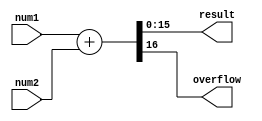
/* ----------------------------------------------------- *
 * Title       : FixFlo Adder Multiplier Modules         *
 * Project     : Fixed Floating Point Adder Multiplier   *
 * ----------------------------------------------------- *
 * Last Edit   : 20/05/2021                              *
 * Licence     : CERN-OHL-W                              *
 * ----------------------------------------------------- *
 * Description : Modules for addition and multiplication *
 *               of 16 bit unsigned fixed point and      *
 *               signed floating point formated numbers  *
 * ----------------------------------------------------- */

/*
 * Fixed Point Format:
 *   Most significant 8 bits represent integer part and Least significant 8 bits
 *   represent fraction part
 *   i.e. IIIIIIIIFFFFFFFF = IIIIIIII.FFFFFFFF
 * ----------------------------------------------------------------------------
 * Floating Point Format:
 *   binary16 (IEEE 754-2008) is used. MSB used as sign bit. 10 least significant
 *   bits are used as fraction and remaining bits are used as exponent.
 *   i.e. SEEEEEFFFFFFFFFF = (-1)^S * 1.FFFFFFFFFF * 2^(EEEEE - 15)
 */

`timescale 1ns / 1ps

//fixed adder adds unsigned fixed numbers.
module fixed_adder(num1, num2, result, overflow);
  input [15:0] num1, num2;
  output [15:0] result;
  output overflow;

  //single assign statement handles fixed additon
  assign {overflow, result} = (num1 + num2);
endmodule

//fixed multi multiplies unsigned fixed numbers.
module fixed_multi(num1, num2, result, overflow, precisionLost, result_full);
  input [15:0] num1, num2; //num1 is multiplicand and num2 is multiplier
  output [15:0] result;
  output overflow, precisionLost;
  reg [31:0] mid [15:0]; //shifted values
  reg [31:0] midB[3:0]; //addition of shifted values
  output [31:0] result_full; //32-bit results
  wire [31:0] num1_ext;

  assign num1_ext = {8'd0, num1, 8'd0};
  assign precisionLost = |result_full[7:0];
  assign result = result_full[23:8]; //get rid of extra bits
  assign overflow = |result_full[31:24]; // most significant 8-bit is overflow
  assign result_full = midB[0] + midB[1] + midB[2] + midB[3];
  always@* //midB wires are added for readability
    begin
      midB[0] = mid[0] + mid[4] + mid[8] + mid[15];
      midB[1] = mid[1] + mid[5] + mid[9] + mid[14];
      midB[2] = mid[2] + mid[6] + mid[10] + mid[13];
      midB[3] = mid[3] + mid[7] + mid[11] + mid[12];
    end
  always@* //shift and enable control
    begin
      mid[0]  = (num1_ext >> 8) & {32{num2[0]}};
      mid[1]  = (num1_ext >> 7) & {32{num2[1]}};
      mid[2]  = (num1_ext >> 6) & {32{num2[2]}};
      mid[3]  = (num1_ext >> 5) & {32{num2[3]}};
      mid[4]  = (num1_ext >> 4) & {32{num2[4]}};
      mid[5]  = (num1_ext >> 3) & {32{num2[5]}};
      mid[6]  = (num1_ext >> 2) & {32{num2[6]}};
      mid[7]  = (num1_ext >> 1) & {32{num2[7]}};
      mid[8]  =  num1_ext       & {32{num2[8]}};
      mid[9]  = (num1_ext << 1) & {32{num2[9]}};
      mid[10] = (num1_ext << 2) & {32{num2[10]}};
      mid[11] = (num1_ext << 3) & {32{num2[11]}};
      mid[12] = (num1_ext << 4) & {32{num2[12]}};
      mid[13] = (num1_ext << 5) & {32{num2[13]}};
      mid[14] = (num1_ext << 6) & {32{num2[14]}};
      mid[15] = (num1_ext << 7) & {32{num2[15]}};
    end

endmodule

//float multi multiplier floating point numbers.
module float_multi(num1, num2, result, overflow, zero, NaN, precisionLost);
  //Operands
  input [15:0] num1, num2;
  output [15:0] result;
  //Flags
  output overflow;//overflow flag
  output zero; //zero flag
  output NaN; //Not a Number flag
  output precisionLost;
  //Decode numbers
  wire sign1, sign2, signR; //hold signs
  wire [4:0] ex1, ex2, exR; //hold exponents
  wire [4:0] ex1_pre, ex2_pre, exR_calc; //hold exponents
  reg [4:0] exSubCor;
  wire [4:0] exSum_fault;
  wire ex_cannot_correct;
  wire [9:0] fra1, fra2, fraR; //hold fractions
  reg [9:0] fraSub, fraSub_corrected;
  wire [20:0] float1;
  wire [10:0] float2;
  wire exSum_sign;
  wire [6:0] exSum;
  wire [5:0] exSum_prebais, exSum_abs; //exponent sum
  wire [11:0] float_res, float_res_preround; //result
  wire [9:0] float_res_fra;
  wire [9:0] dump_res; //Lost precision
  reg [21:0] res_full;
  wire [21:0] res_full_preshift;
  reg [20:0] mid[10:0];
  wire inf_num; //at least on of the operands is inf.
  wire subNormal;
  wire zero_num_in, zero_calculated;

  //Partial flags
  assign zero_num_in = ~(|num1[14:0] & |num2[14:0]);
  assign zero_calculated = (subNormal & (fraSub == 10'd0)) | (exSum_sign & (~|res_full[20:11]));
  assign ex_cannot_correct = {1'b0,exSubCor} > exSum_abs; //?: or >=

  //Flags
  assign zero = zero_num_in | zero_calculated;
  assign NaN = (&num1[14:10] & |num1[9:0]) | (&num2[14:10] & |num2[9:0]);
  assign inf_num = (&num1[14:10] & ~|num1[9:0]) | (&num2[14:10] & ~|num2[9:0]); //check for infinate number
  assign overflow = inf_num | (~exSum[6] & exSum[5]);
  assign subNormal = ~|float_res[11:10];
  assign precisionLost = |dump_res | (exSum_prebais < 6'd15);
  
  //decode-encode numbers
  assign {sign1, ex1_pre, fra1} = num1;
  assign {sign2, ex2_pre, fra2} = num2;
  assign ex1 = ex1_pre + {4'd0, ~|ex1_pre};
  assign ex2 = ex2_pre + {4'd0, ~|ex2_pre};
  assign result = {signR, exR, fraR};
  
  //exponentials are added
  assign exSum = exSum_prebais - 7'd15;
  assign exSum_prebais = {1'b0,ex1} + {1'b0,ex2};
  assign exSum_abs = (exSum_sign) ? (~exSum[5:0] + 6'd1) : exSum[5:0];
  assign exSum_sign = exSum[6];

  //Get floating numbers
  assign float1 = {|ex1_pre, fra1, 10'd0};
  assign float2 = {|ex2_pre, fra2};

  //Calculate result
  assign signR = (sign1 ^ sign2);
  assign exR_calc = exSum[4:0] + {4'd0, float_res[11]} + (~exSubCor & {5{subNormal}}) + {4'd0, subNormal};
  assign exR = (exR_calc | {5{overflow}}) & {5{~(zero | exSum_sign | ex_cannot_correct)}};
  assign fraR = ((exSum_sign) ? res_full[20:11] :((subNormal) ? fraSub_corrected : float_res_fra)) & {10{~(zero | overflow)}} ;
  assign float_res_fra = (float_res[11]) ? float_res[10:1] : float_res[9:0];
  assign float_res = float_res_preround + {10'd0,dump_res[9]}; //? possibly generates wrong result due to overflow
  assign {float_res_preround, dump_res} = res_full_preshift;
  assign res_full_preshift = mid[0] + mid[1] + mid[2] + mid[3] + mid[4] + mid[5] + mid[6] + mid[7] + mid[8] + mid[9] + mid[10];
  assign exSum_fault = exSubCor - exSum_abs[4:0];
  always@*
    begin
      if(exSum_sign)
        case(exSum_abs)
          6'h0: res_full = res_full_preshift;
          6'h1: res_full = (res_full_preshift >> 1);
          6'h2: res_full = (res_full_preshift >> 2);
          6'h3: res_full = (res_full_preshift >> 3);
          6'h4: res_full = (res_full_preshift >> 4);
          6'h5: res_full = (res_full_preshift >> 5);
          6'h6: res_full = (res_full_preshift >> 6);
          6'h7: res_full = (res_full_preshift >> 7);
          6'h8: res_full = (res_full_preshift >> 8);
          6'h9: res_full = (res_full_preshift >> 9);
          6'ha: res_full = (res_full_preshift >> 10);
          6'hb: res_full = (res_full_preshift >> 11);
          6'hc: res_full = (res_full_preshift >> 12);
          6'hd: res_full = (res_full_preshift >> 13);
          6'he: res_full = (res_full_preshift >> 14);
          6'hf: res_full = (res_full_preshift >> 15);
          default: res_full = (res_full_preshift >> 16);
        endcase
      else
        res_full = res_full_preshift;
    end
  always@*
    begin
      if(ex_cannot_correct)
        case(exSum_fault)
          5'h0: fraSub_corrected = fraSub;
          5'h1: fraSub_corrected = (fraSub >> 1);
          5'h2: fraSub_corrected = (fraSub >> 2);
          5'h3: fraSub_corrected = (fraSub >> 3);
          5'h4: fraSub_corrected = (fraSub >> 4);
          5'h5: fraSub_corrected = (fraSub >> 5);
          5'h6: fraSub_corrected = (fraSub >> 6);
          5'h7: fraSub_corrected = (fraSub >> 7);
          5'h8: fraSub_corrected = (fraSub >> 8);
          5'h9: fraSub_corrected = (fraSub >> 9);
          default: fraSub_corrected = 10'h0;
        endcase
      else
        fraSub_corrected = fraSub;
    end

  always@* //create mids from fractions
    begin
      mid[0] = (float1 >> 10) & {21{float2[0]}};
      mid[1] = (float1 >> 9)  & {21{float2[1]}};
      mid[2] = (float1 >> 8)  & {21{float2[2]}};
      mid[3] = (float1 >> 7)  & {21{float2[3]}};
      mid[4] = (float1 >> 6)  & {21{float2[4]}};
      mid[5] = (float1 >> 5)  & {21{float2[5]}};
      mid[6] = (float1 >> 4)  & {21{float2[6]}};
      mid[7] = (float1 >> 3)  & {21{float2[7]}};
      mid[8] = (float1 >> 2)  & {21{float2[8]}};
      mid[9] = (float1 >> 1)  & {21{float2[9]}};
      mid[10] = float1        & {21{float2[10]}};
    end
  //Corrections for subnormal normal op
  always@*
    begin
      casex(res_full)
        22'b001xxxxxxxxxxxxxxxxxxx:
          begin
            fraSub = res_full[18:9];
          end
        22'b0001xxxxxxxxxxxxxxxxxx:
          begin
            fraSub = res_full[17:8];
          end
        22'b00001xxxxxxxxxxxxxxxxx:
          begin
            fraSub = res_full[16:7];
          end
        22'b000001xxxxxxxxxxxxxxxx:
          begin
            fraSub = res_full[15:6];
          end
        22'b0000001xxxxxxxxxxxxxxx:
          begin
            fraSub = res_full[14:5];
          end
        22'b00000001xxxxxxxxxxxxxx:
          begin
            fraSub = res_full[13:4];
          end
        22'b000000001xxxxxxxxxxxxx:
          begin
            fraSub = res_full[12:3];
          end
        22'b0000000001xxxxxxxxxxxx:
          begin
            fraSub = res_full[11:2];
          end
        22'b00000000001xxxxxxxxxxx:
          begin
            fraSub = res_full[10:1];
          end
        22'b000000000001xxxxxxxxxx:
          begin
            fraSub = res_full[9:0];
          end
        22'b0000000000001xxxxxxxxx:
          begin
            fraSub = {res_full[8:0], 1'd0};
          end
        22'b00000000000001xxxxxxxx:
          begin
            fraSub = {res_full[7:0], 2'd0};
          end
        22'b000000000000001xxxxxxx:
          begin
            fraSub = {res_full[6:0], 3'd0};
          end
        22'b0000000000000001xxxxxx:
          begin
            fraSub = {res_full[5:0], 4'd0};
          end
        22'b00000000000000001xxxxx:
          begin
            fraSub = {res_full[4:0], 5'd0};
          end
        22'b000000000000000001xxxx:
          begin
            fraSub = {res_full[3:0], 6'd0};
          end
        22'b0000000000000000001xxx:
          begin
            fraSub = {res_full[2:0], 7'd0};
          end
        22'b00000000000000000001xx:
          begin
            fraSub = {res_full[1:0], 8'd0};
          end
        22'b000000000000000000001x:
          begin
            fraSub = {res_full[0], 9'd0};
          end
        default:
          begin
            fraSub = 10'd0;
          end
      endcase
    end
  always@*
    begin
      casex(res_full)
        22'b001xxxxxxxxxxxxxxxxxxx:
          begin
            exSubCor = 5'd1;
          end
        22'b0001xxxxxxxxxxxxxxxxxx:
          begin
            exSubCor = 5'd2;
          end
        22'b00001xxxxxxxxxxxxxxxxx:
          begin
            exSubCor = 5'd3;
          end
        22'b000001xxxxxxxxxxxxxxxx:
          begin
            exSubCor = 5'd4;
          end
        22'b0000001xxxxxxxxxxxxxxx:
          begin
            exSubCor = 5'd5;
          end
        22'b00000001xxxxxxxxxxxxxx:
          begin
            exSubCor = 5'd6;
          end
        22'b000000001xxxxxxxxxxxxx:
          begin
            exSubCor = 5'd7;
          end
        22'b0000000001xxxxxxxxxxxx:
          begin
            exSubCor = 5'd8;
          end
        22'b00000000001xxxxxxxxxxx:
          begin
            exSubCor = 5'd9;
          end
        22'b000000000001xxxxxxxxxx:
          begin
            exSubCor = 5'd10;
          end
        22'b0000000000001xxxxxxxxx:
          begin
            exSubCor = 5'd11;
          end
        22'b00000000000001xxxxxxxx:
          begin
            exSubCor = 5'd12;
          end
        22'b000000000000001xxxxxxx:
          begin
            exSubCor = 5'd13;
          end
        22'b0000000000000001xxxxxx:
          begin
            exSubCor = 5'd14;
          end
        22'b00000000000000001xxxxx:
          begin
            exSubCor = 5'd15;
          end
        22'b000000000000000001xxxx:
          begin
            exSubCor = 5'd16;
          end
        22'b0000000000000000001xxx:
          begin
            exSubCor = 5'd17;
          end
        22'b00000000000000000001xx:
          begin
            exSubCor = 5'd18;
          end
        22'b000000000000000000001x:
          begin
            exSubCor = 5'd19;
          end
        default:
          begin
            exSubCor = 5'd0;
          end
      endcase
    end
endmodule

//float adder adds floating point numbers.
module float_adder(num1, num2, result, overflow, zero, NaN, precisionLost);
  //Ports
  input [15:0] num1, num2;
  output [15:0] result;
  output overflow; //overflow flag
  output zero; //zero flag
  output NaN; //Not a Number flag
  output reg precisionLost;
  //Reassing numbers as big and small
  reg [15:0] bigNum, smallNum; //to seperate big and small numbers
  //Decode big and small number
  wire [9:0] big_fra, small_fra; //to hold fraction part
  wire [4:0] big_ex_pre, small_ex_pre;
  wire [4:0] big_ex, small_ex; //to hold exponent part
  wire big_sig, small_sig; //to hold signs
  wire [10:0] big_float, small_float; //to hold as float number with integer
  reg [10:0] sign_small_float, shifted_small_float; //preparing small float
  wire [4:0] ex_diff; //difrence between exponentials
  reg [9:0] sum_shifted; //Shift fraction part of sum
  reg [3:0] shift_am;
  wire neg_exp;
  //Extensions for higher precision
  reg [9:0] small_extension;
  wire [9:0] sum_extension;

  wire [10:0] sum; //sum of numbers with integer parts
  wire sum_carry;
  wire sameSign;
  wire zeroSmall;
  wire inf_num; //at least on of the operands is inf.

  wire [4:0] res_exp_same_s, res_exp_diff_s;
  
  //Flags
  assign zero = (num1[14:0] == num2[14:0]) & (~num1[15] == num2[15]);
  assign overflow = ((&big_ex[4:1] & ~big_ex[0]) & sum_carry & sameSign) | inf_num;
  assign NaN = (&num1[14:10] & |num1[9:0]) | (&num2[14:10] & |num2[9:0]);
  assign inf_num = (&num1[14:10] & ~|num1[9:0]) | (&num2[14:10] & ~|num2[9:0]); //check for infinate number
  //Get result
  assign result[15] = big_sig; //result sign same as big sign
  assign res_exp_same_s = big_ex + {4'd0, (~zeroSmall & sum_carry & sameSign)} - {4'd0,({1'b0,result[9:0]} == sum)};
  assign res_exp_diff_s = (neg_exp | (shift_am == 4'd10)) ? 5'd0 : (~shift_am + big_ex + 5'd1);
  assign result[14:10] = ((sameSign) ? res_exp_same_s : res_exp_diff_s) | {5{overflow}}; //result exponent
  assign result[9:0] = ((zeroSmall) ? big_fra : ((sameSign) ? ((sum_carry) ? sum[10:1] : sum[9:0]) : ((neg_exp) ? 10'd0 : sum_shifted))) & {10{~overflow}};

  //decode numbers
  assign {big_sig, big_ex_pre, big_fra} = bigNum;
  assign {small_sig, small_ex_pre, small_fra} = smallNum;
  assign sameSign = (big_sig == small_sig);
  assign zeroSmall = ~(|small_ex | |small_fra);
  assign big_ex = big_ex_pre + {4'd0, ~|big_ex_pre};
  assign small_ex = small_ex_pre + {4'd0, ~|small_ex_pre};

  //add integer parts
  assign big_float = {|big_ex_pre, big_fra};
  assign small_float = {|small_ex_pre, small_fra};
  assign ex_diff = big_ex - small_ex; //diffrence between exponents
  assign {sum_carry, sum} = sign_small_float + big_float; //add numbers
  assign sum_extension = small_extension;

  //Get shift amount for subtraction
  assign neg_exp = (big_ex < shift_am);
  always@*
    begin
      casex(sum)
        11'b1xxxxxxxxxx: shift_am = 4'd0;
        11'b01xxxxxxxxx: shift_am = 4'd1;
        11'b001xxxxxxxx: shift_am = 4'd2;
        11'b0001xxxxxxx: shift_am = 4'd3;
        11'b00001xxxxxx: shift_am = 4'd4;
        11'b000001xxxxx: shift_am = 4'd5;
        11'b0000001xxxx: shift_am = 4'd6;
        11'b00000001xxx: shift_am = 4'd7;
        11'b000000001xx: shift_am = 4'd8;
        11'b0000000001x: shift_am = 4'd9;
        default: shift_am = 4'd10;
      endcase
    end

  //Shift result for sub.
  always@* 
    begin
      case (shift_am)
        4'd0: sum_shifted =  sum[9:0];
        4'd1: sum_shifted = {sum[8:0],sum_extension[9]};
        4'd2: sum_shifted = {sum[7:0],sum_extension[9:8]};
        4'd3: sum_shifted = {sum[6:0],sum_extension[9:7]};
        4'd4: sum_shifted = {sum[5:0],sum_extension[9:6]};
        4'd5: sum_shifted = {sum[4:0],sum_extension[9:5]};
        4'd6: sum_shifted = {sum[3:0],sum_extension[9:4]};
        4'd7: sum_shifted = {sum[2:0],sum_extension[9:3]};
        4'd8: sum_shifted = {sum[1:0],sum_extension[9:2]};
        4'd9: sum_shifted = {sum[0],  sum_extension[9:1]};
        default: sum_shifted = sum_extension;
      endcase
      case (shift_am)
        4'd0: precisionLost = |sum_extension;
        4'd1: precisionLost = |sum_extension[8:0];
        4'd2: precisionLost = |sum_extension[7:0];
        4'd3: precisionLost = |sum_extension[6:0];
        4'd4: precisionLost = |sum_extension[5:0];
        4'd5: precisionLost = |sum_extension[4:0];
        4'd6: precisionLost = |sum_extension[3:0];
        4'd7: precisionLost = |sum_extension[2:0];
        4'd8: precisionLost = |sum_extension[1:0];
        4'd9: precisionLost = |sum_extension[0];
        default: precisionLost = 1'b0;
      endcase
    end

  //take small number to exponent of big number
  always@* 
    begin
      case (ex_diff)
        5'h0: {shifted_small_float,small_extension} = {small_float,10'd0};
        5'h1: {shifted_small_float,small_extension} = {small_float,9'd0};
        5'h2: {shifted_small_float,small_extension} = {small_float,8'd0};
        5'h3: {shifted_small_float,small_extension} = {small_float,7'd0};
        5'h4: {shifted_small_float,small_extension} = {small_float,6'd0};
        5'h5: {shifted_small_float,small_extension} = {small_float,5'd0};
        5'h6: {shifted_small_float,small_extension} = {small_float,4'd0};
        5'h7: {shifted_small_float,small_extension} = {small_float,3'd0};
        5'h8: {shifted_small_float,small_extension} = {small_float,2'd0};
        5'h9: {shifted_small_float,small_extension} = {small_float,1'd0};
        5'ha: {shifted_small_float,small_extension} = small_float;
        5'hb: {shifted_small_float,small_extension} = small_float[10:1];
        5'hc: {shifted_small_float,small_extension} = small_float[10:2];
        5'hd: {shifted_small_float,small_extension} = small_float[10:3];
        5'he: {shifted_small_float,small_extension} = small_float[10:4];
        5'hf: {shifted_small_float,small_extension} = small_float[10:5];
        5'h10: {shifted_small_float,small_extension} = small_float[10:5];
        5'h11: {shifted_small_float,small_extension} = small_float[10:6];
        5'h12: {shifted_small_float,small_extension} = small_float[10:7];
        5'h13: {shifted_small_float,small_extension} = small_float[10:8];
        5'h14: {shifted_small_float,small_extension} = small_float[10:9];
        5'h15: {shifted_small_float,small_extension} = small_float[10];
        5'h16: {shifted_small_float,small_extension} = 0;
      endcase
    end

  always@* //if signs are diffrent take 2s compliment of small number
    begin
      if(sameSign)
        begin
          sign_small_float = shifted_small_float;
        end
      else
        begin
          sign_small_float = ~shifted_small_float + 11'b1;
        end
    end

  always@* //determine big number
    begin
      if(num2[14:10] > num1[14:10])
        begin
          bigNum = num2;
          smallNum = num1;
        end
      else if(num2[14:10] == num1[14:10])
        begin
          if(num2[9:0] > num1[9:0])
            begin
              bigNum = num2;
              smallNum = num1;
            end
          else
            begin
              bigNum = num1;
              smallNum = num2;
            end
        end
      else
        begin
          bigNum = num1;
          smallNum = num2;
        end
    end
endmodule